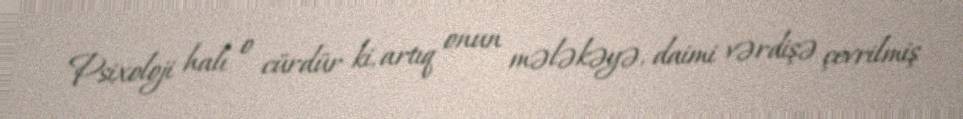
Psixoloji halı o cürdür ki, artıq onun mələkəyə, daimi vərdişə çevrilmiş